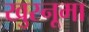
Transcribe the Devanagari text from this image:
खुस्नूमा